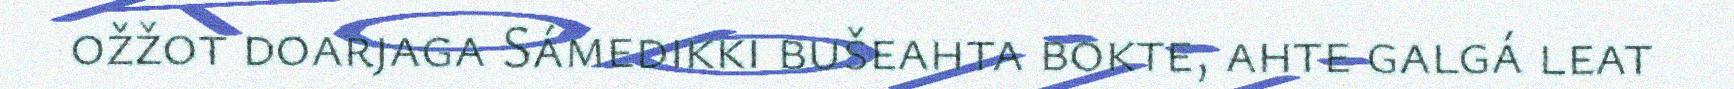
ožžot doarjaga Sámedikki bušeahta bokte, ahte galgá leat